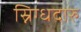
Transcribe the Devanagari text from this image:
स्निग्धदारु